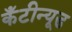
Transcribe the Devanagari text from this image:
कँटीन्यूड